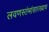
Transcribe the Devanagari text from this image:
लवणस्तंभांसारख्याच